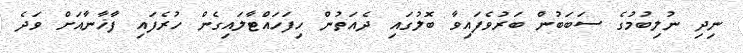
ނިދި ނުލިބުމުގެ ސަބަބުން ބަރުވެފައިވާ ބޮލުގައި ދެއަތުން ހިފަހައްޓާލައިގެން ހުރެފައި ފާޚާނާއަށް ވަދެ